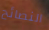
النصائح